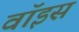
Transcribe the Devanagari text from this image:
वाॅइस